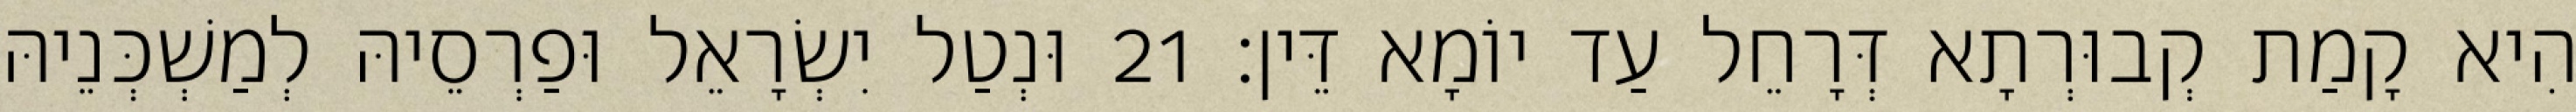
הִיא קָמַת קְבוּרְתָא דְּרָחֵל עַד יוֹמָא דֵּין׃ 21 וּנְטַל יִשְׂרָאֵל וּפַרְסֵיהּ לְמַשְׁכְּנֵיהּ